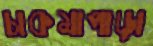
চাকমাপাড়া